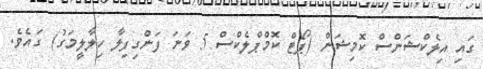
ގައި އިލެކްޝަންސް ކޮމިޝަން (ޕޯޓް ކޮމްޕްލެކްސް 5 ވަނަ ފަންގިފިލާ ހިލާލީމަގު) ގައެވެ.